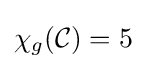
\chi _{g}({\mathcal {C}})=5